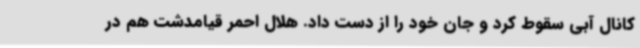
کانال آبی سقوط کرد و جان خود را از دست داد. هلال احمر قیامدشت هم در